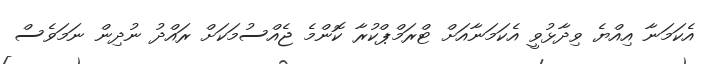
އެކަމަނާ އިއްޔެ ވިދާޅުވީ އެކަމަނާއަށް ޓްރަމްޕްކުރާ ކޮންމެ ޖެއްސުމަކަށް ރައްދު ނުދިން ނަމަވެސް